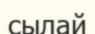
сылай